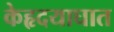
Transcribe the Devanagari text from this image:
केहृदयाघात